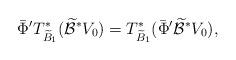
LaTeX: \begin{align*}\bar\Phi' T^*_{\widetilde B_1}(\widetilde{\mathcal B}^*V_0)= T^*_{\widetilde B_1}(\bar\Phi'\widetilde{\mathcal B}^*V_0),\end{align*}